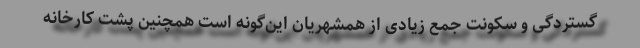
گستردگی و سکونت جمع زیادی از همشهریان این‌گونه است همچنین پُشت کارخانه